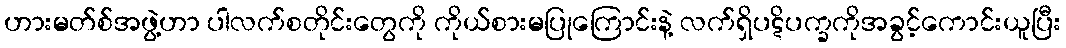
ဟားမတ်စ်အဖွဲ့ဟာ ပါလက်စတိုင်းတွေကို ကိုယ်စားမပြုကြောင်းနဲ့ လက်ရှိပဋိပက္ခကိုအခွင့်ကောင်းယူပြီး